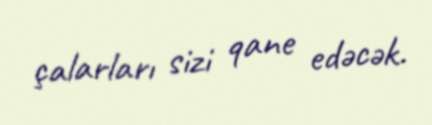
çalarları sizi qane edəcək.